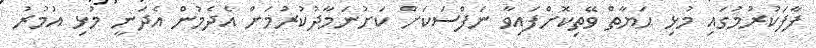
ފާފަކުރުމުގައި މުޅި ޙަޔާތް ވޭތިކޮށްފައިވާ ނަފްސަކަށް ކަށުނަމާދުކުރުމަށް އެދެމުން އެދަނީ މުޅި އުމުރު